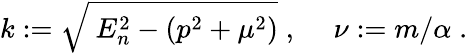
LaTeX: k:=\sqrt{\: E_{n}^{2}-(p^{2}+\mu^{2})}\; ,~~~~~\nu:=m/\alpha\; .